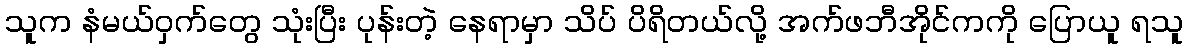
သူက နံမယ်ဝှက်တွေ သုံးပြီး ပုန်းတဲ့ နေရာမှာ သိပ် ပိရိတယ်လို့ အက်ဖဘီအိုင်ကကို ပြောယူ ရသူ